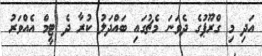
އަދި މި ގްރޫޕުގެ ދެވަނަ މެޗުގައި ބައްދަލު ކުރާ ދެ ޓީމް އެއްވަރު